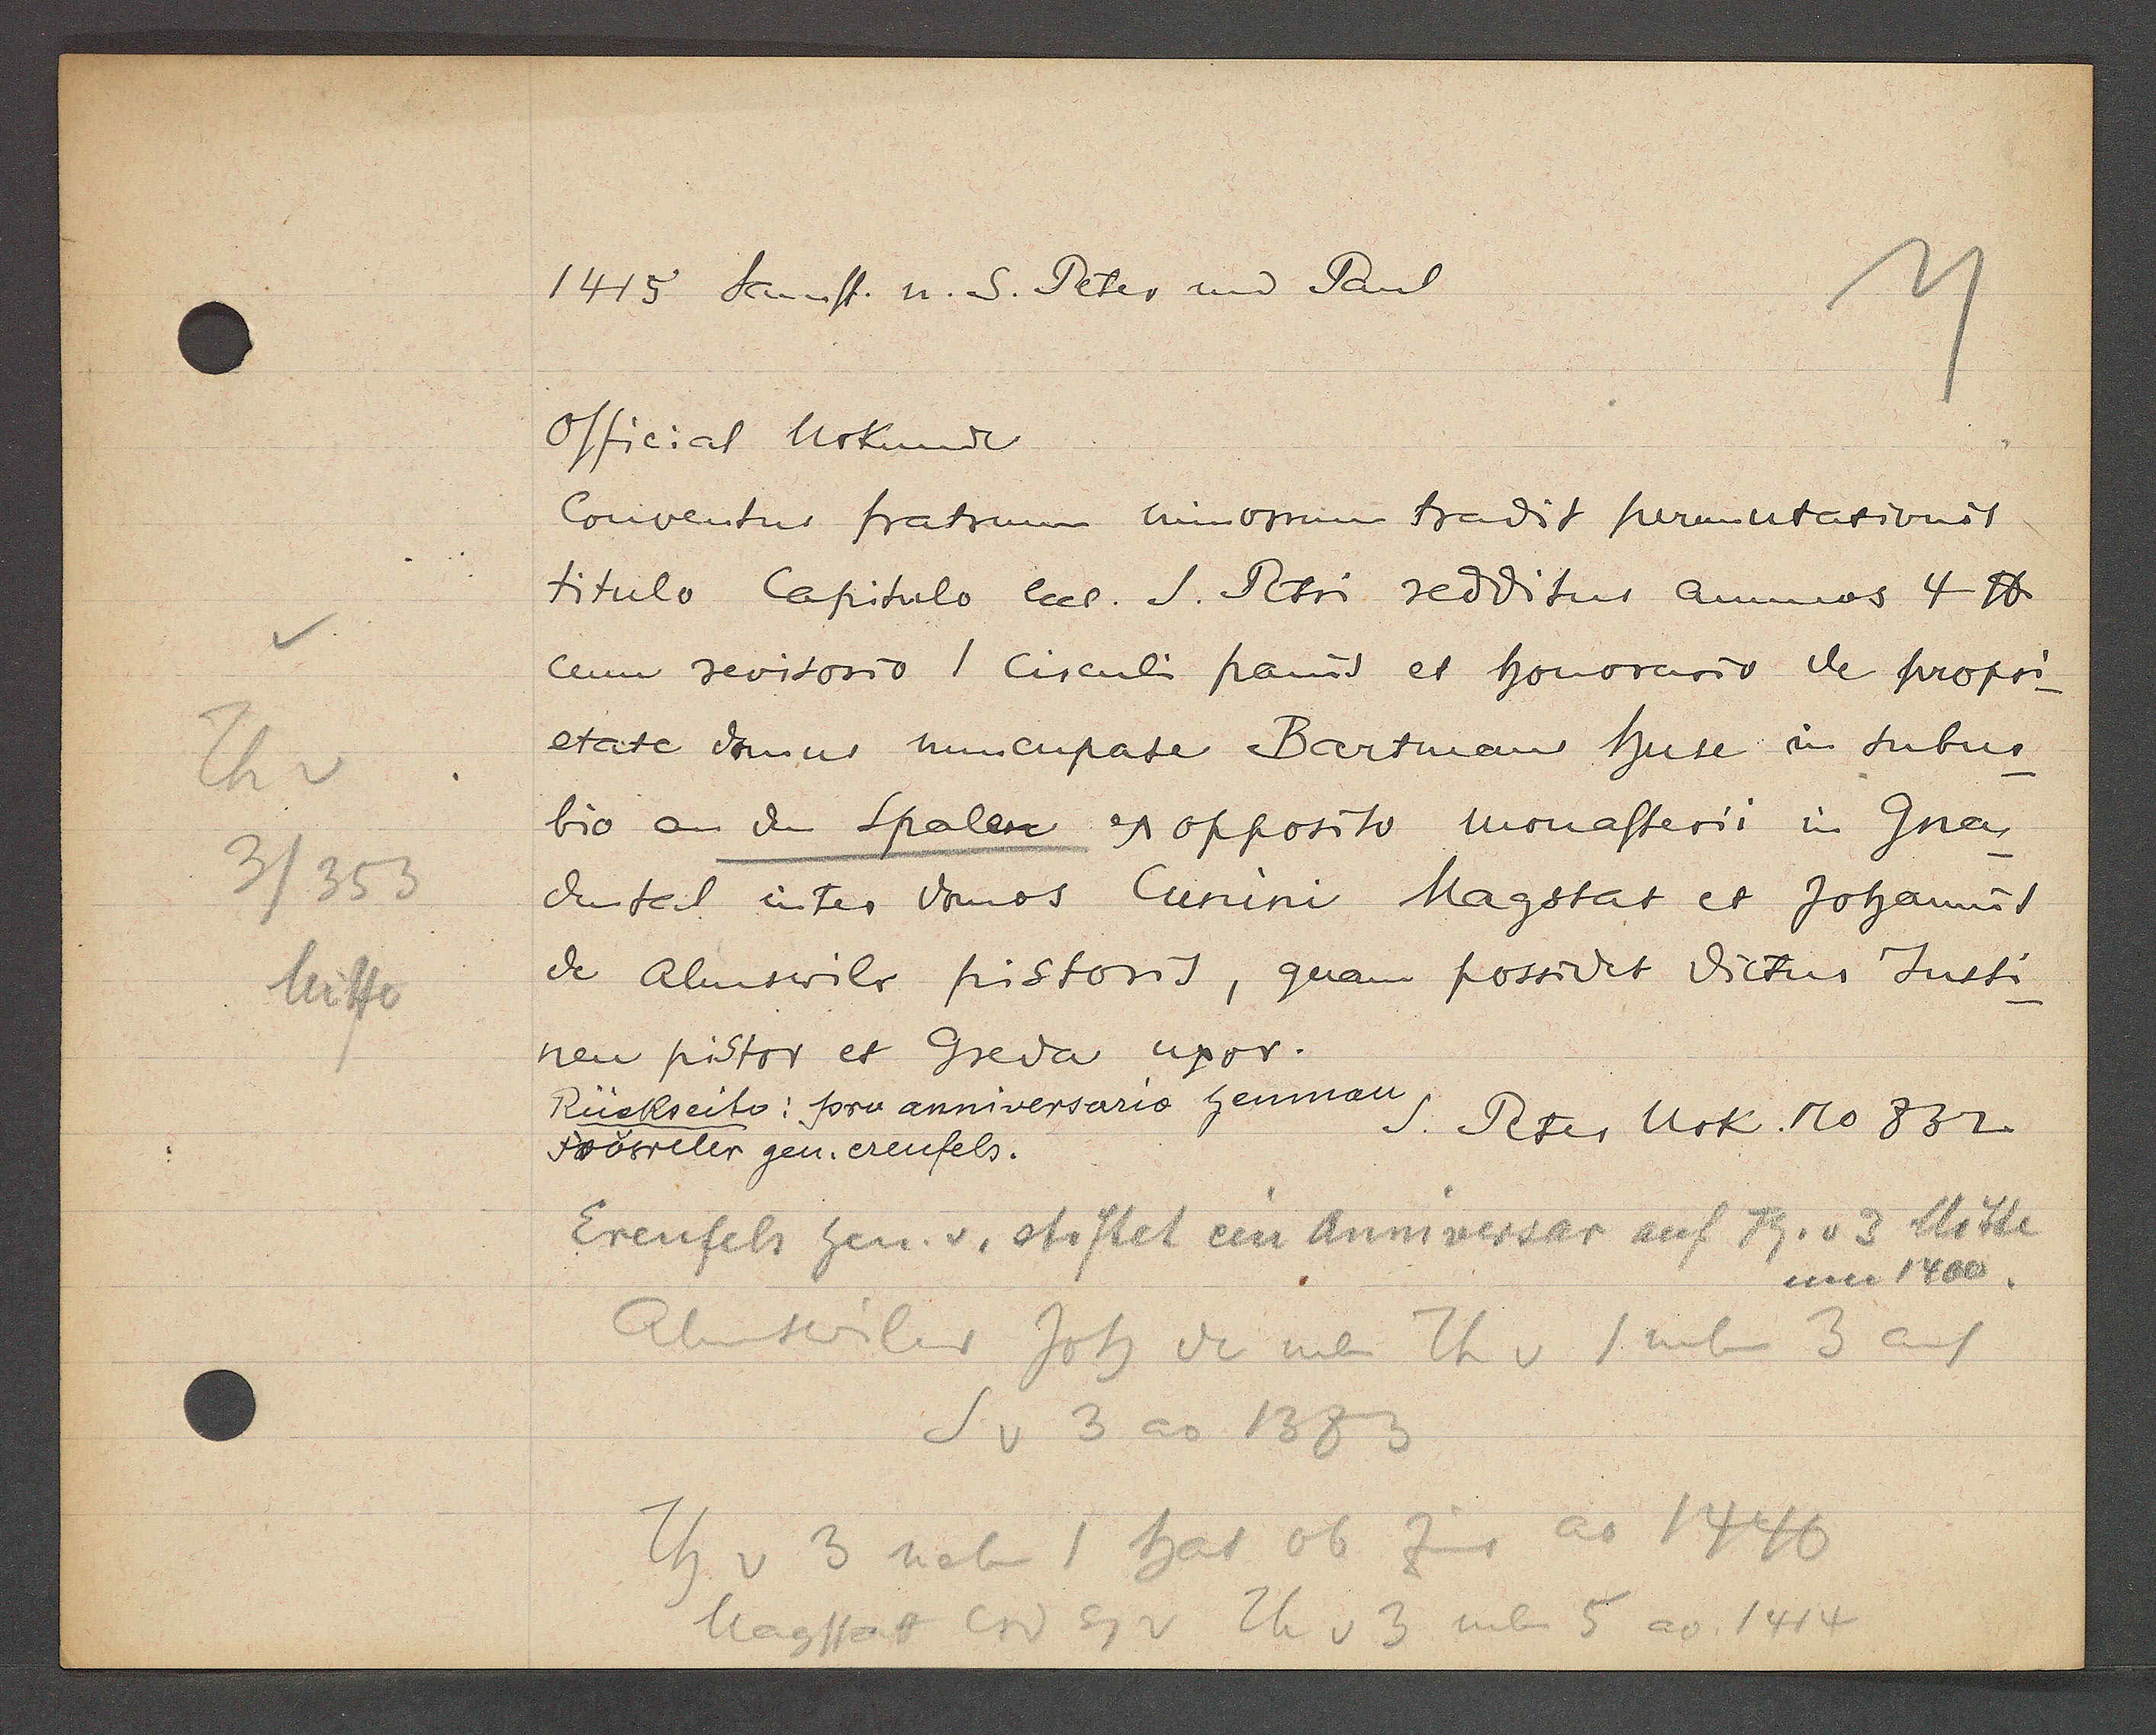
Transcript:
1415 Samst u. S. Peter und Paul
Official Urkunde
Conventus fratrum minorium tradit permutationis
titulo Capitulo eccl. S. Petri redditus annuos 4 ℔
cum revisorio 1 circuli panis et honorario de propri
etate domus nuncupate Bartmans huse in subur-
Th v
bio an den Spalen et opposito monasterii in Gna-
3/353
dental iner domos Cunini Magstat et Johannis
de Almswiler pistoris, quam possedet dictus Justi-
Mitte
nen pistor et Greda uxor.
Rückseito: pro anniversario henman
S. Peter Urk. No 832
Sowiler gen. erenfels.
Erenfels hen. v. stiftet en Anniversar auf Th. v 3 Mitte
um 1400
Almswiler Joh de neu Th v 1 neben 3 auf
S v 3 ao 1383
Th v 3 neb 1 hat ob Zins ao 1440
Magstat Crd Eg v Th v 3 neben 5 ao 1414